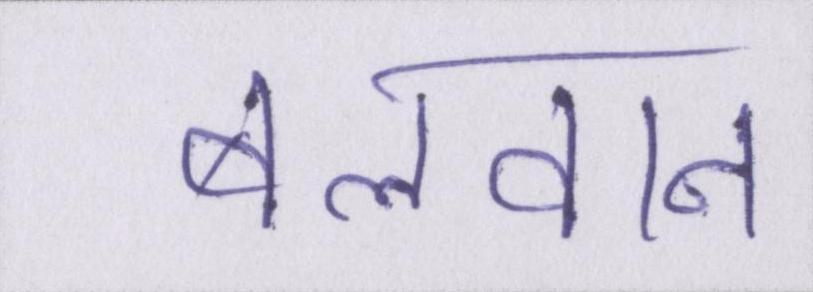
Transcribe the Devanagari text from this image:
बलवान